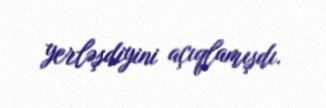
yerləşdiyini açıqlamışdı.